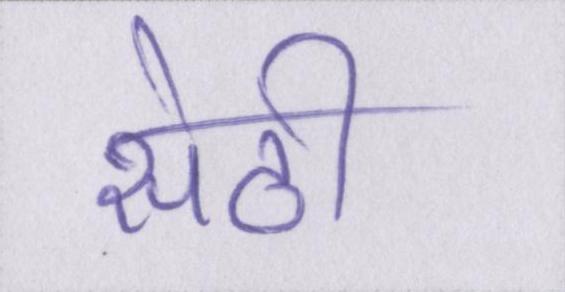
सेठी